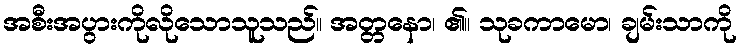
အစီးအပွားကိုလိုသောသူသည်။ အတ္တနော၊ ၏။ သုခကာမော၊ ချမ်းသာကို